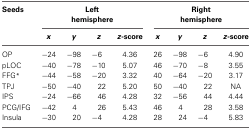
| Seeds | <COLSPAN=4> Left hemisphere | <COLSPAN=4> Right hemisphere |
 |  | x | y | z | z-score | x | y | z | z-score |
 | --- | --- | --- | --- | --- | --- | --- | --- | --- |
 | OP | −24 | −98 | −6 | 4.36 | 26 | −98 | −6 | 4.90 |
 | pLOC | −40 | −78 | −10 | 5.07 | 46 | −70 | −8 | 3.55 |
 | FFG* | −44 | −58 | −20 | 3.32 | 40 | −64 | −20 | 3.17 |
 | TPJ | −50 | −40 | 22 | 5.20 | 50 | −40 | 22 | NA |
 | IPS | −24 | −66 | 46 | 4.28 | 32 | −56 | 44 | 4.44 |
 | PCG/IFG | −42 | 4 | 26 | 5.43 | 46 | 4 | 28 | 3.58 |
 | Insula | −30 | 20 | −4 | 4.28 | 28 | 24 | −4 | 5.83 |